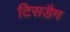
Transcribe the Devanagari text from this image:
टिसडैग